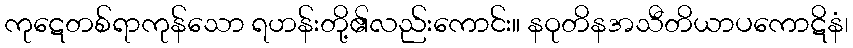
ကုဋေတစ်ရာကုန်သော ရဟန်းတို့၏လည်းကောင်း။ နဝုတိနအသီတိယာပကောဋိနံ၊